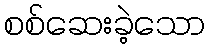
စစ်ဆေးခဲ့သော